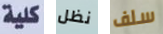
كلية نظل سلف